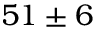
5 1 \pm 6